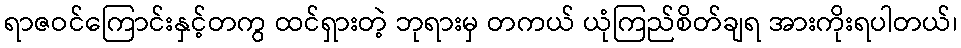
ရာဇဝင်ကြောင်းနှင့်တကွ ထင်ရှားတဲ့ ဘုရားမှ တကယ် ယုံကြည်စိတ်ချရ အားကိုးရပါတယ်၊